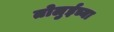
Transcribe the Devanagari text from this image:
तोलुईच्या